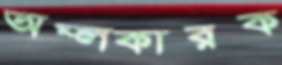
অম্লকারক